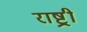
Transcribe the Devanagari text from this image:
राष्ट्र्री